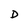
Character: D